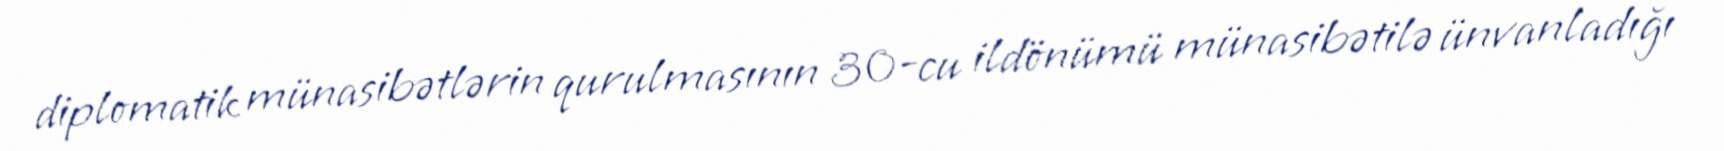
diplomatik münasibətlərin qurulmasının 30-cu ildönümü münasibətilə ünvanladığı